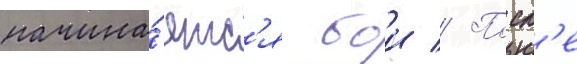
начина́етс'я бои // Посл'е